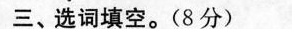
三、选词填空。(8分)